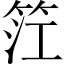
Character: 𥬮